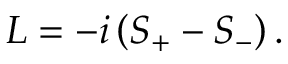
L = - i \left( S _ { + } - S _ { - } \right) .